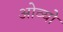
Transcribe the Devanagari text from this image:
ओव्यो